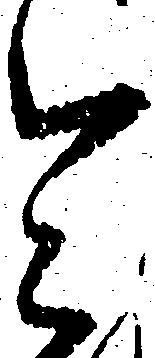
令